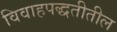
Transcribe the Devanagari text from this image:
विवाहपद्धतीतील